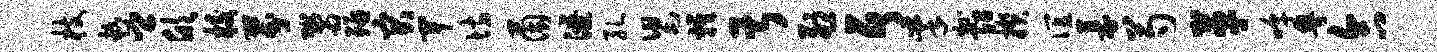
枝趁卿欣校芬鬻殛突卑坊茵潦孔舄鸡甚烈居掌祉绍揆谊募芍革嗥粤合